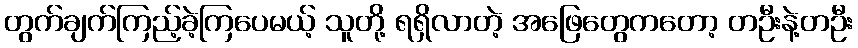
တွက်ချက်ကြည့်ခဲ့ကြပေမယ့် သူတို့ ရရှိလာတဲ့ အဖြေတွေကတော့ တဦးနဲ့တဦး